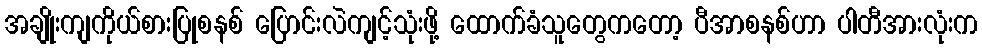
အချိုးကျကိုယ်စားပြုစနစ် ပြောင်းလဲကျင့်သုံးဖို့ ထောက်ခံသူတွေကတော့ ပီအာစနစ်ဟာ ပါတီအားလုံးက